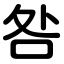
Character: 咎